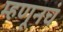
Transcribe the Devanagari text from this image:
म्हणूनचं